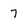
Character: 7